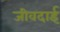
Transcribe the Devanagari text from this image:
जीवदाई